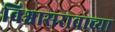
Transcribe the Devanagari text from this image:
विश्वासरावाच्या